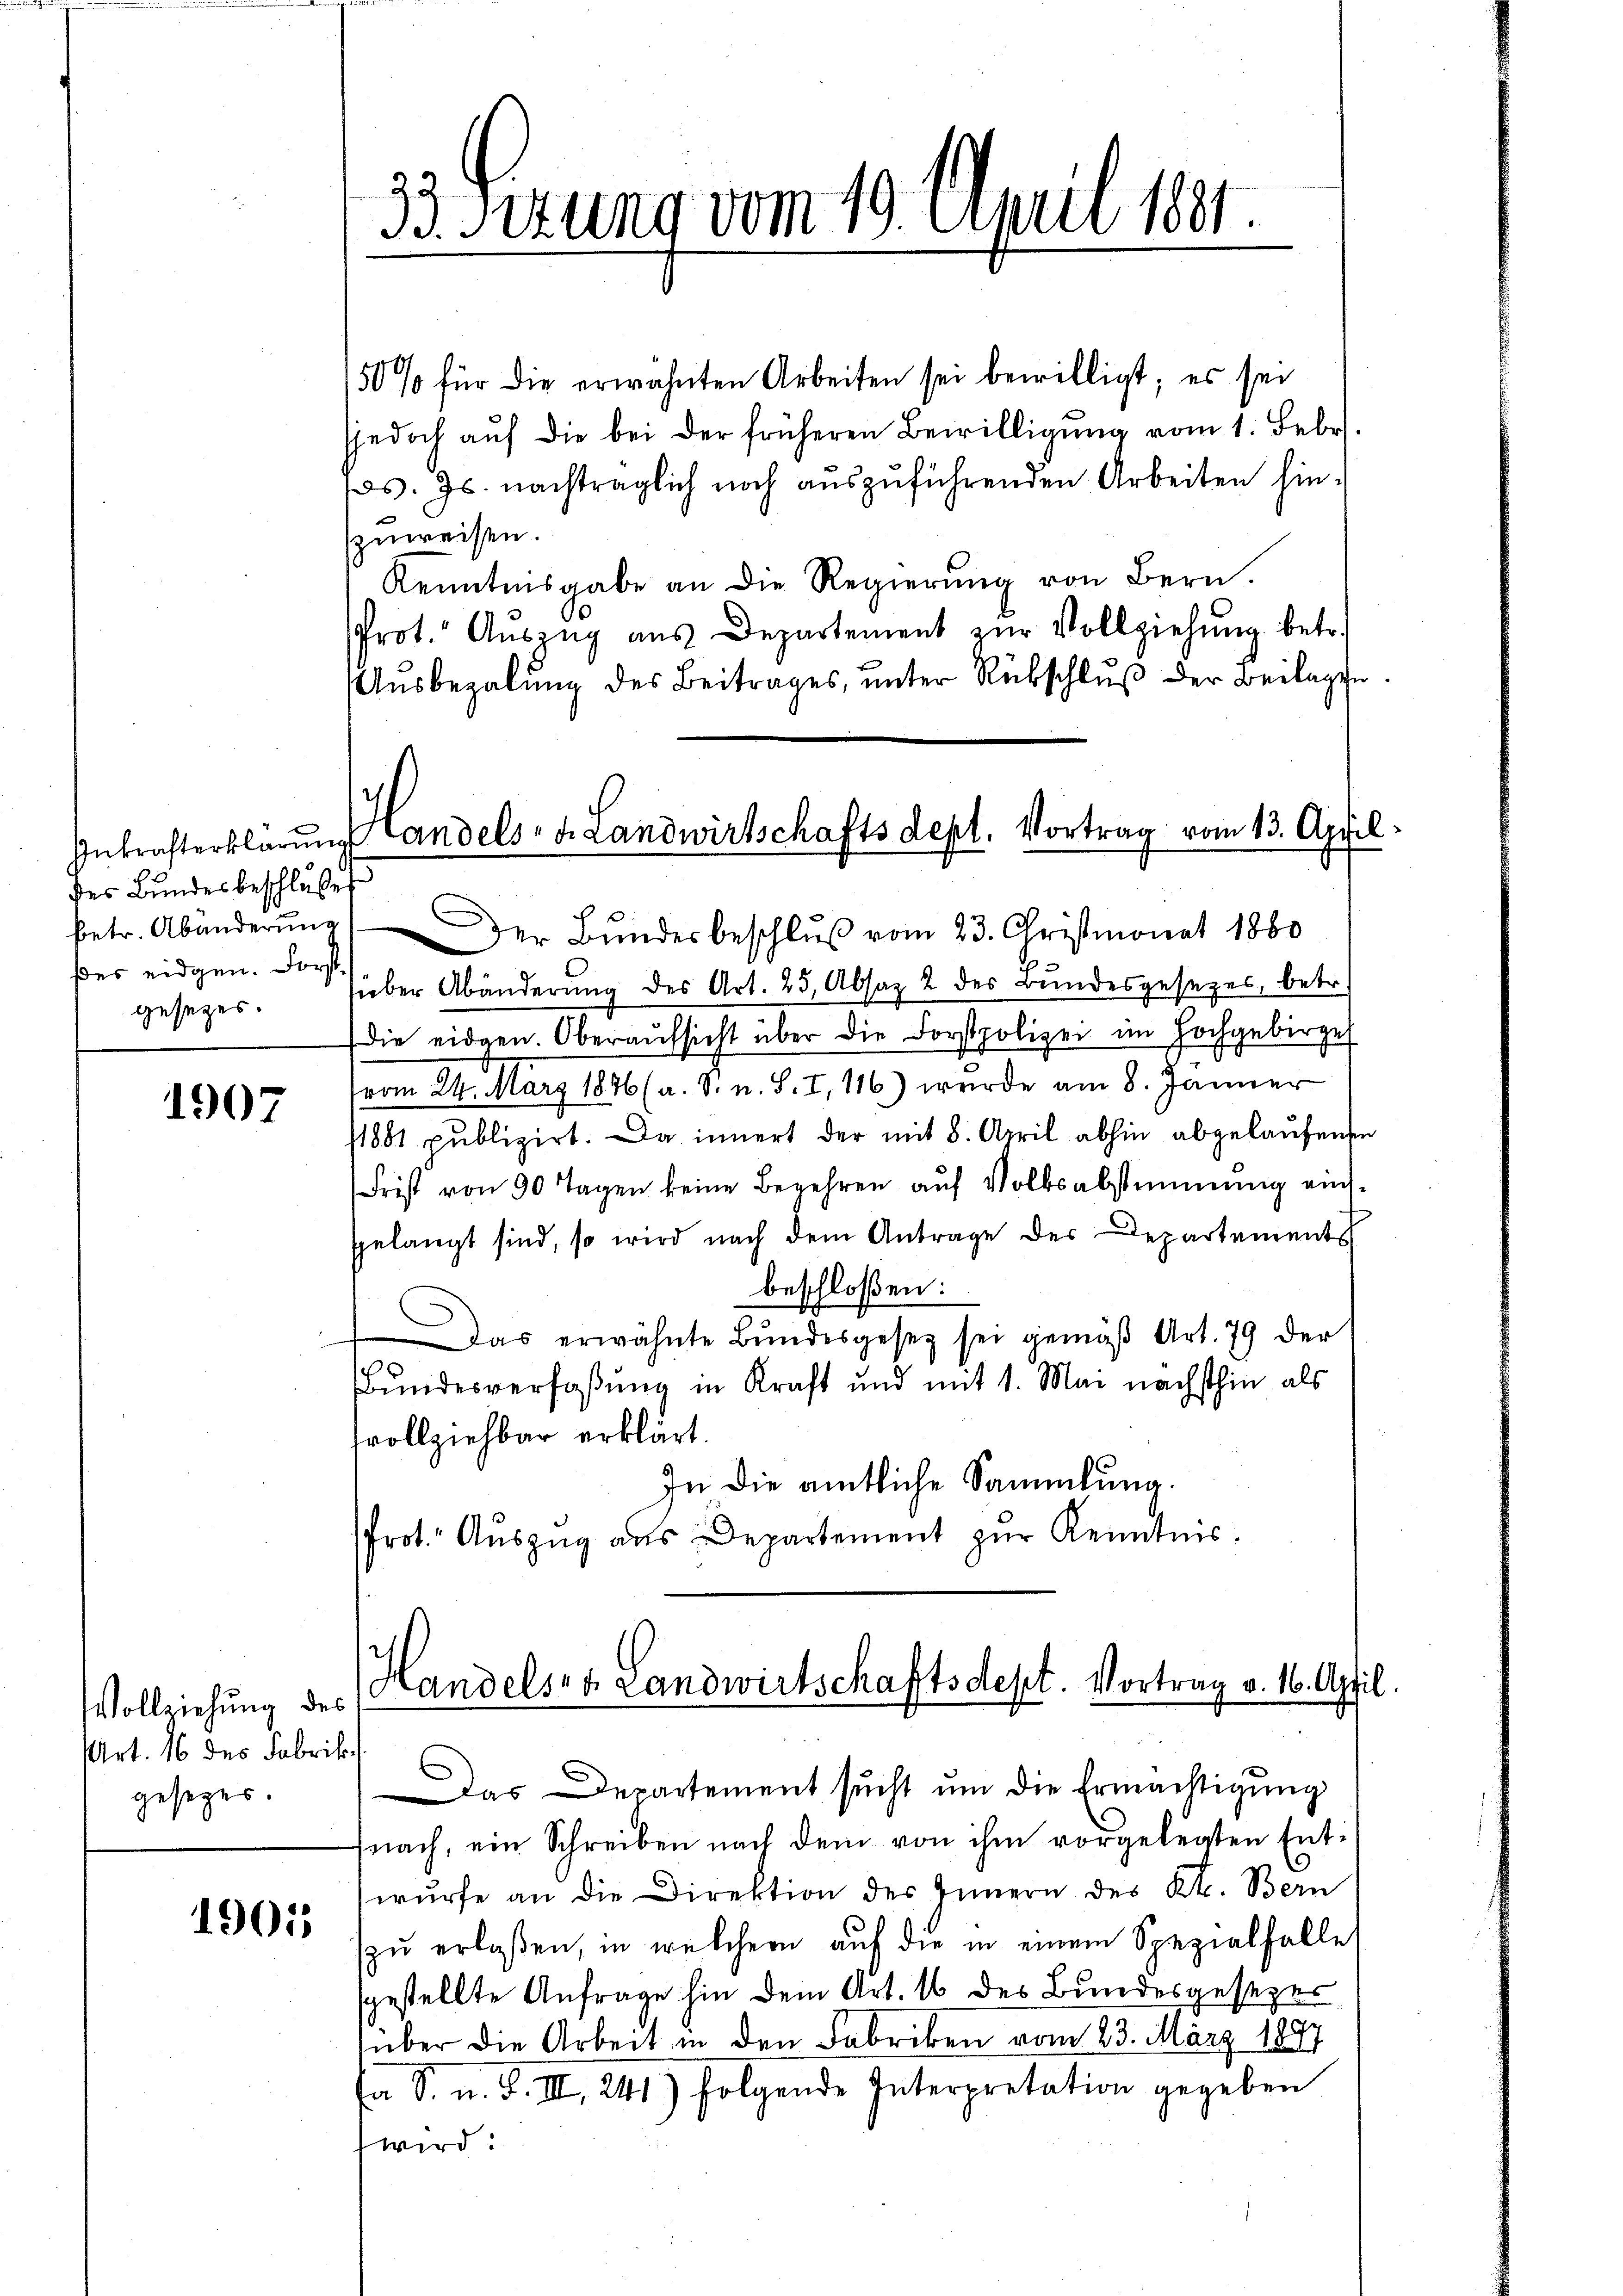
Inkrafterklärung
des Bundesbeschlußes
betr. Abänderung
ßes eidgen. Forst
gesezes.

1907

Vollziehung des
Art. 16 des Fabrik
gesezes.

1905

50% für die erwähnten Arbeiten sei bewilligt; es sei
sjedoch aŭf die bei der früheren Bewilligŭng vom 1. Febr
s. Js. nachträglich noch aŭszŭführenden Arbeiten hin-
zuweisen.
Kenntnisgabe an die Regierung von Bern.
Prot. Aŭszŭg aŭs Departement zŭr Vollziehung betr.
Ausbezalung des Beitrages, unter Rückschluß der Beilagen.

i
B. Mitung vom 19. April 1881.

Handels- u. Landwirtschaftsdept. Vortrag vom 13. April
Der Bundesbeschluß vom 23. Christmonat 1860

süber Abänderung des Art. 25, Absaz 2 des Bundesgesezes, betr.
die eidgen. Oberaŭfsicht über die Forstpolizei im Hochgebirge
vom 24. März 1876 (a. S. u. S. I, 116) wurde am 8. Jänner
1881 publizirt. Da innert der mit 8. April abhin abgelaŭfenen
Frist von 90 Tagen keine Begehren aŭf Volksabstimmung auch-
gelangt sind, so wird nach dem Antrage der Departements
beschloßen:
Das erwähnte Bŭndesgesez sei gemäβ Art. 79 der
Bundesverfaßung in Kraft und mit 1. Mai nächsthin als
fvollziehbar erklärt.
In die amtliche Sammlung.
Prot. Auszug aus Departement zur Kenntnis.

Handels- & Landwirtschaftsdept. Vortrag v. 16. April.

Das Departement sucht um die Ermächtigung
fnach, ein Schreiben nach dem von ihm vorgelegten Ent-
würfe an die Direktion des Innern des Kt. Bern
zŭ erlassen, in welcher auf die in einem Spezialfalle
sgestellte Anfrage hin dem Art. 16 des Bundesgesezer
über die Arbeit in den Fabriken vom 23. März 1897
sa S. n. F. III 241) folgende Interpretation gegeben
wird: